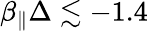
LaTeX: \beta_{\parallel}\Delta\lesssim-1.4